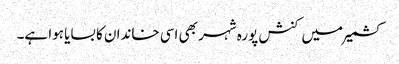
کشمیر میں کنش پورہ شہر بھی اسی خاندان کا بسایا ہوا ہے۔